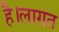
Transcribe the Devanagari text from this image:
है।लागत